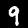
Digit: 9